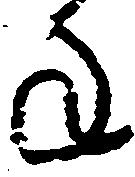
年